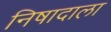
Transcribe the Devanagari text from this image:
निषादाला